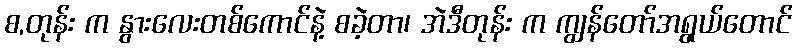
စ,တုန်း က နွားလေးတစ်ကောင်နဲ့ စခဲ့တာ၊ အဲဒီတုန်း က ကျွန်တော်အရွယ်တောင်